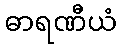
ဓာရဏီယံ